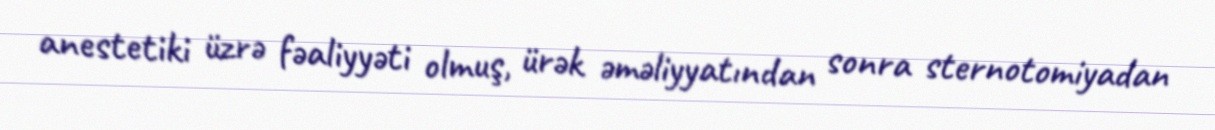
anestetiki üzrə fəaliyyəti olmuş, ürək əməliyyatından sonra sternotomiyadan